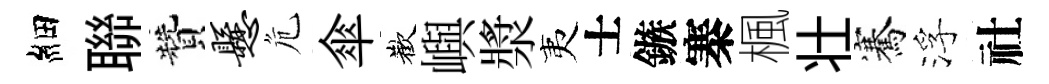
細聯贊悬危傘歡嶼漿夷士鏃寨楓壮騫浮社